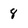
Character: 8